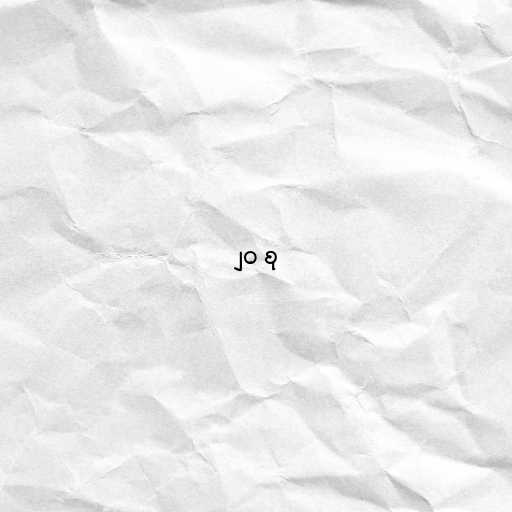
၂၀ စု